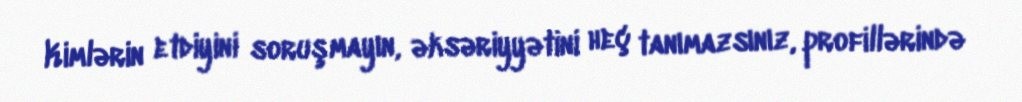
Kimlərin etdiyini soruşmayın, əksəriyyətini heç tanımazsınız, profillərində